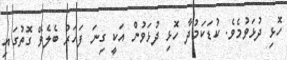
ހޮޅި ދުޅަވުމެވެ. ކުޑަކަމުދާ ހޮޅި ދުޅަވުން އަކީ ގިނަ ފަހަރު ބެލެވޭ ގޮތުގައި